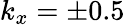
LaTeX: k_{x}=\pm 0.5